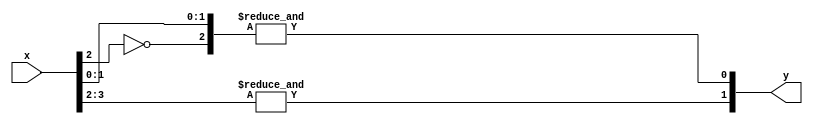
module module1_DataFlow(
    input [3:0] x,
	 output [1:0] y
    );

	assign y[0] = &{x[1:0], ~x[2]};
	assign y[1] = &{(x[3]), (x[2])};
endmodule

module module1_Behavioral(
    input [3:0] x,
	 output reg [1:0] y
    );

	always @(*) begin
		y[0] = &{x[1:0], ~x[2]};
		y[1] = &{x[3], x[2]};
	end
endmodule

module module1_Gate(
    input [3:0] x,
	 output [1:0] y
    );
	and U0(y[0], x[1], x[0], ~x[2]);
	and U1(y[1], x[3], x[2]);
endmodule